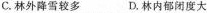
C.林外降雪较多 D.林内郁闭度大